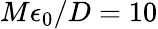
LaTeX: {M\epsilon_{0}/D=10}